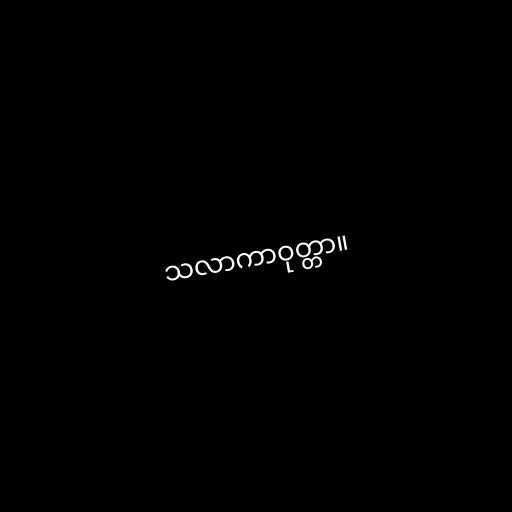
သလာကာဝုတ္တာ။